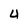
Character: 4